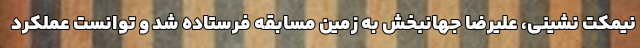
نیمکت نشینی، علیرضا جهانبخش به زمین مسابقه فرستاده شد و توانست عملکرد